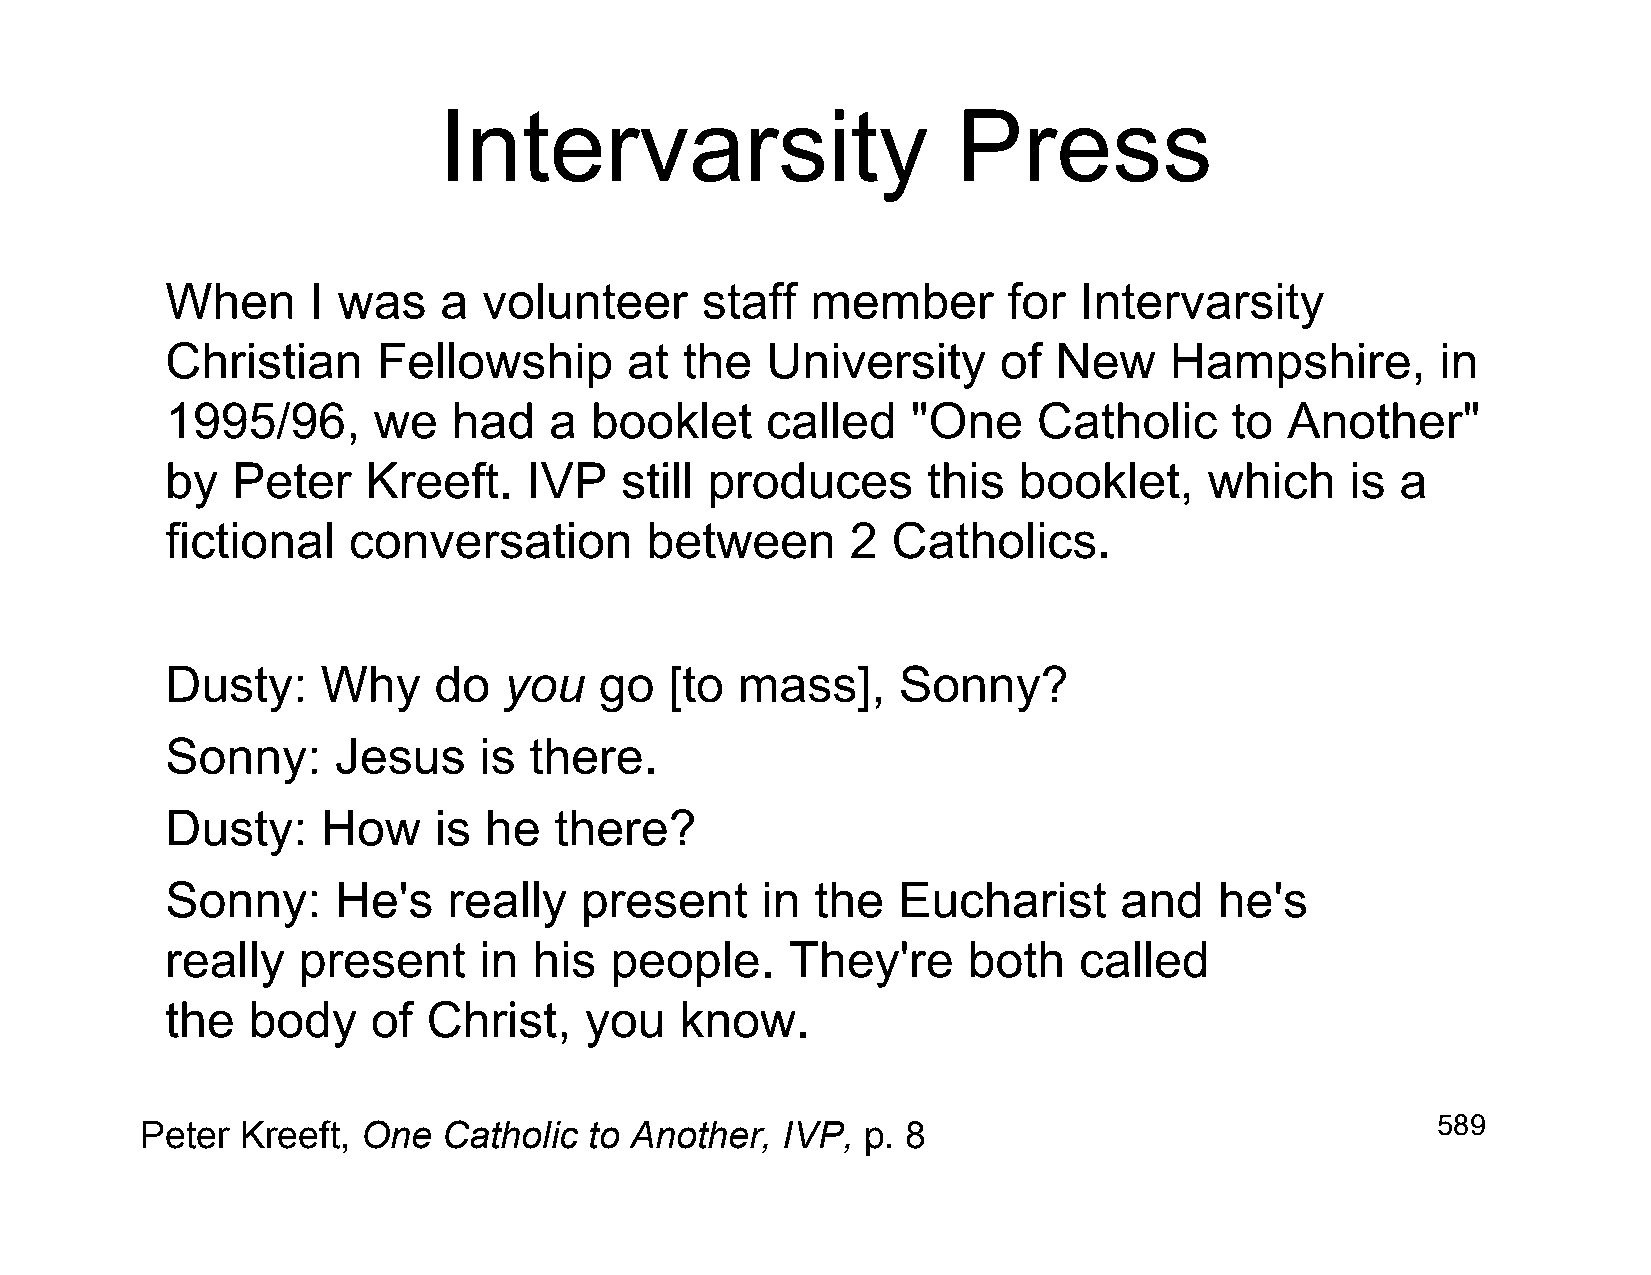
Intervarsity                      Press
 When     I was    a  volunteer     staff   member       for Intervarsity
 Christian     Fellowship      at  the   University     of  New    Hampshire,        in
 1995/96,      we   had   a  booklet     called   "One     Catholic    to  Another"
 by  Peter    Kreeft.    IVP   still produces      this  booklet,     which    is  a
 fictional   conversation        between      2  Catholics.
 Dusty:    Why     do  you    go  [to  mass],    Sonny?
 Sonny:     Jesus     is there.
 Dusty:    How     is he   there?
 Sonny:     He's    really  present     in  the  Eucharist      and    he's
 really   present     in his  people.     They're     both   called
 the  body     of Christ,    you   know.
 589
 Peter  Kreeft, One  Catholic  to Another,  IVP, p. 8